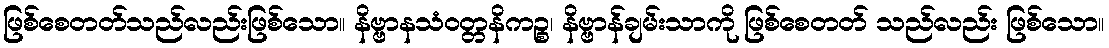
ဖြစ်စေတတ်သည်လည်းဖြစ်သော။ နိဗ္ဗာနသံဝတ္တနိကဉ္စ၊ နိဗ္ဗာန်ချမ်းသာကို ဖြစ်စေတတ် သည်လည်း ဖြစ်သော။